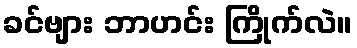
ခင်ဗျား ဘာဟင်း ကြိုက်လဲ။